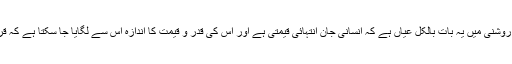
دین اسلام کی بیان کی گئی تعلیمات کی روشنی میں یہ بات بالکل عیاں ہے کہ انسانی جان انتہائی قیمتی ہے اور اس کی قدر و قیمت کا اندازہ اس سے لگایا جا سکتا ہے کہ قرآن پاک میں اللہ تعالیٰ ارشاد فرماتا ہے۔